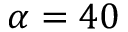
\alpha = 4 0